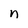
Character: n